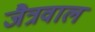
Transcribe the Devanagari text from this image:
जैत्रवाल